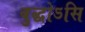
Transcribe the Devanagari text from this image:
बुद्धोऽसि